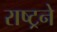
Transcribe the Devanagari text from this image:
राष्ट्रने